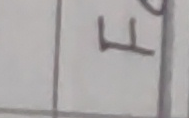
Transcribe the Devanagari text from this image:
फ